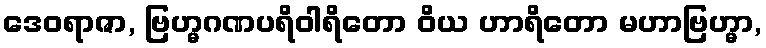
ဒေဝရာဇာ, ဗြဟ္မဂဏပရိဝါရိတော ဝိယ ဟာရိတော မဟာဗြဟ္မာ,